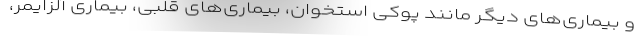
و بیماری‌های دیگر مانند پوکی استخوان، بیماری‌های قلبی، بیماری آلزایمر،